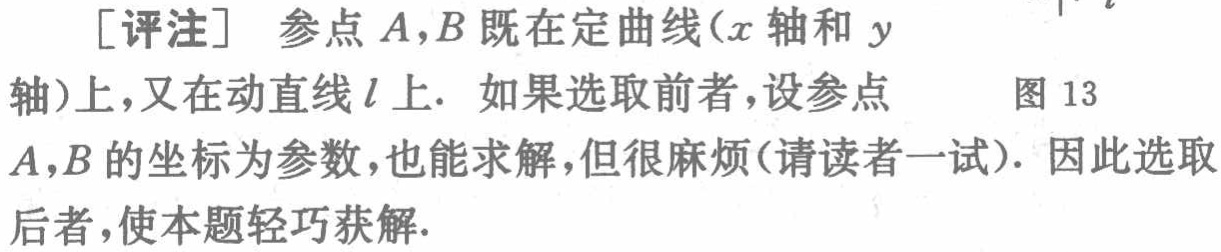
[评注] 参点 \(A,B\) 既在定曲线（\(x\) 轴和 \(y\) 轴）上，又在动直线 \(l\) 上. 如果选取前者，设参点 \(A,B\) 的坐标为参数，也能求解，但很麻烦（请读者一试）. 因此选取后者，使本题轻巧获解. 图 13